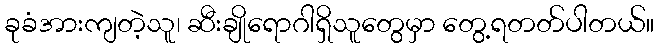
ခုခံအားကျတဲ့သူ၊ ဆီးချိုရောဂါရှိသူတွေမှာ တွေ့ရတတ်ပါတယ်။